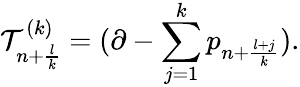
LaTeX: {\cal T}_{n+\frac{l}{k}}^{(k)}=(\partial-\sum_{j=1}^{k}p_{n+\frac{l+j}{k}}).